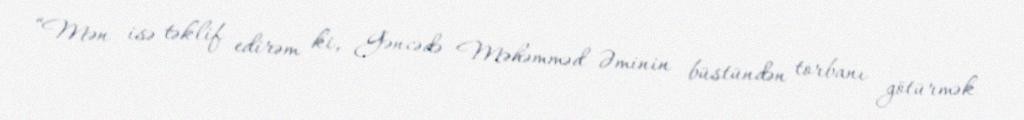
“Mən isə təklif edirəm ki, Gəncədə Məhəmməd Əminin büstündən torbanı götürmək